Report on sanitation, dispensaries, and jails in Rajputana for 1916, and on vaccination for the year 1916-1917 - 1916-1917
Year: 1916
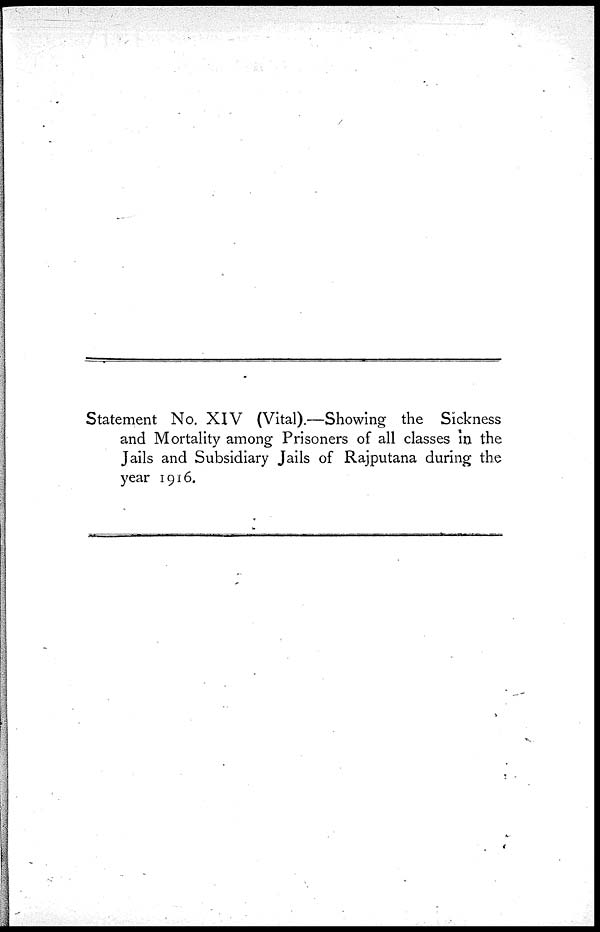
Statement No. XIV (Vital).—Showing the Sickness
and Mortality among Prisoners of all classes in the
Jails and Subsidiary Jails of Rajputana during the
year 1916.